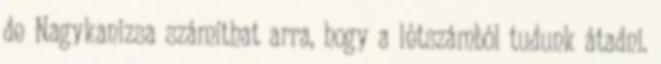
de Nagykanizsa számíthat arra, hogy a létszámból tudunk átadni.